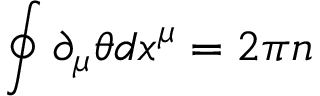
\oint \partial _ { \mu } \theta d x ^ { \mu } = 2 \pi n